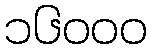
၁၆၀၀၀